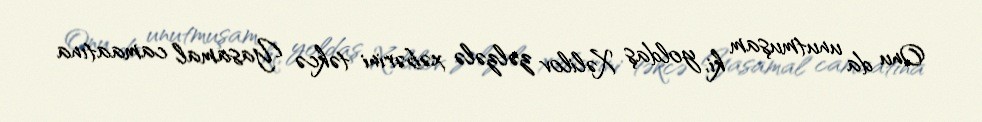
Onu da unutmuşam ki, yoldaş Xəlilov zəlzələ xəbərini təkcə Yasamal camaatına